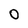
Character: O